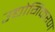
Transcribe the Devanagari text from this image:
उद्योगिकरण